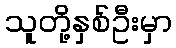
သူတို့နှစ်ဦးမှာ